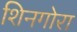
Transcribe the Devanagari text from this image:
शिनगोरा